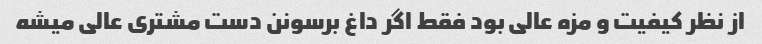
از نظر کیفیت و مزه عالی بود فقط اگر داغ برسونن دست مشتری عالی میشه